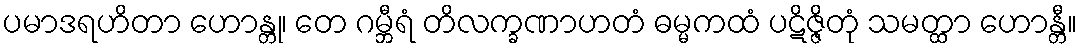
ပမာဒရဟိတာ ဟောန္တု၊ တေ ဂမ္ဘီရံ တိလက္ခဏာဟတံ ဓမ္မကထံ ပဋိဇ္ဇိတုံ သမတ္ထာ ဟောန္တီ။